Vaccine operations Central Provinces 1900-1911 - 1900-1911
Year: 1900
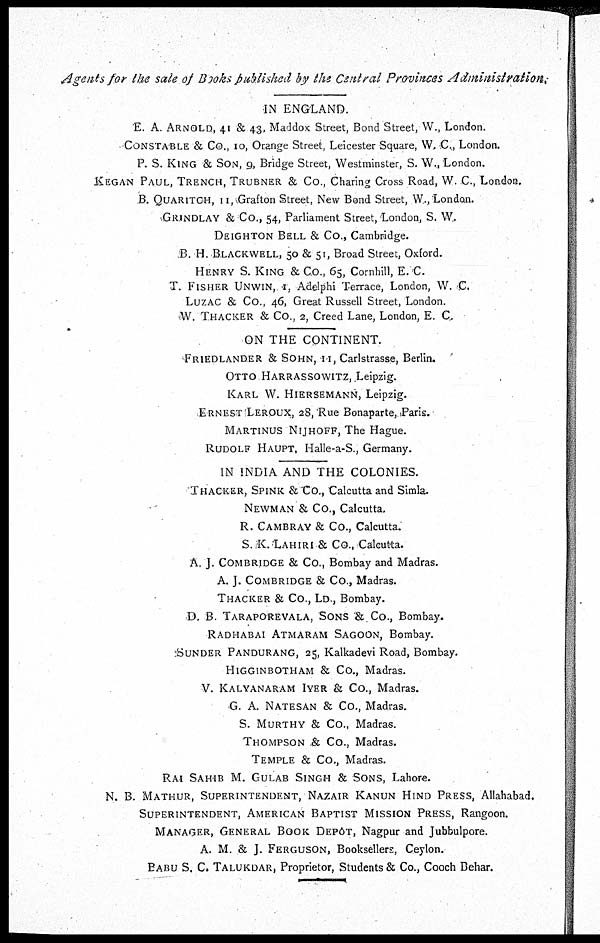
Agents for the sale of Books published by the Central Provinces
Administration.
IN ENGLAND.
E. A. ARNOLD, 41 & 43, Maddox Street, Bond Street, W., London.
CONSTABLE & Co., 10, Orange Street, Leicester Square, W. C,. London.
P. S. KING & SON, 9, Bridge Street, Westminster, S. W., London.
KEGAN PAUL, TRENCH, TRUBNER & Co., Charing Cross Road, W. C., London.
B. QUARITOH, 11, Grafton Street, New Bond Street, W., London.
GRINDLAY & Co., 54, Parliament Street, London, S. W.
DEIGHTON BELL & Co., Cambridge.
B. H. BLACK WELL, 50 & 51, Broad Street, Oxford.
HENRY S. KING & Co., 65, Cornhill, E. C.
T. FISHER UNWIN, 1, Adelphi Terrace, London, W. C.
LUZAC & Co., 46, Great Russell Street, London.
W. THACKER & Co., 2, Creed Lane, London, E. C.
ON THE CONTINENT.
FRIEDLANDER & SOHN, 11, Carlstrasse, Berlin.
OTTO HARRASSOWITZ, Leipzig.
KARL W. HIERSEMANN, Leipzig.
ERNEST LEROUX, 28,Rue Bonaparte, Paris.
MARTINUS NIJHOFF, The Hague.
RUDOLF HAUPT, Halle-a-S., Germany.
IN INDIA AND THE COLONIES.
THACKER, SPINK & Co., Calcutta and Simla.
NEWMAN & Co., Calcutta.
R. CAMBRAY & Co., Calcutta.
S. K. LAHIRI & Co., Calcutta.
A. J. COMBRIDGE & Co., Bombay and Madras.
A. J. COMBRIDGE & Co., Madras.
THACKER & Co., LD., Bombay.
D. B. TARAPOREVALA, SONS & Co., Bombay.
RADHABAI ATMARAM SAGOON, Bombay.
SUNDER PANDURANG, 25, Kalkadevi Road, Bombay.
HIGGINBOTHAM & Co., Madras.
V. KALYANARAM IYER & Co., Madras.
G. A. NATESAN & Co., Madras.
S. MURTHY & Co., Madras.
THOMPSON & Co., Madras.
TEMPLE & Co., Madras.
RAI SAHIB M. GULAB SINGH & SONS, Lahore.
N. B. MATHUR, SUPERINTENDENT, NAZAIR KANUN HIND PRESS, Allahabad.
SUPERINTENDENT, AMERICAN BAPTIST MISSION PRESS, Rangoon.
MANAGER, GENERAL BOOK DEPÔT, Nagpur and Jubbulpore.
A. M. & J. FERGUSON, Booksellers, Ceylon.
BABU S. C. TALUKDAR, Proprietor, Students & Co., Cooch Behar.